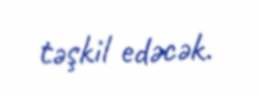
təşkil edəcək.